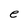
Character: e